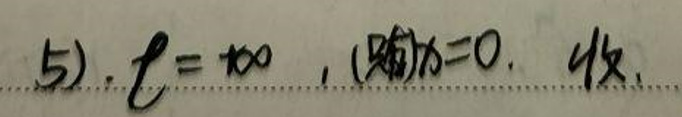
5). $\ell = \infty$, (只有)$x = 0.4$收.